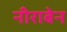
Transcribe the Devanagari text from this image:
नीराबेन